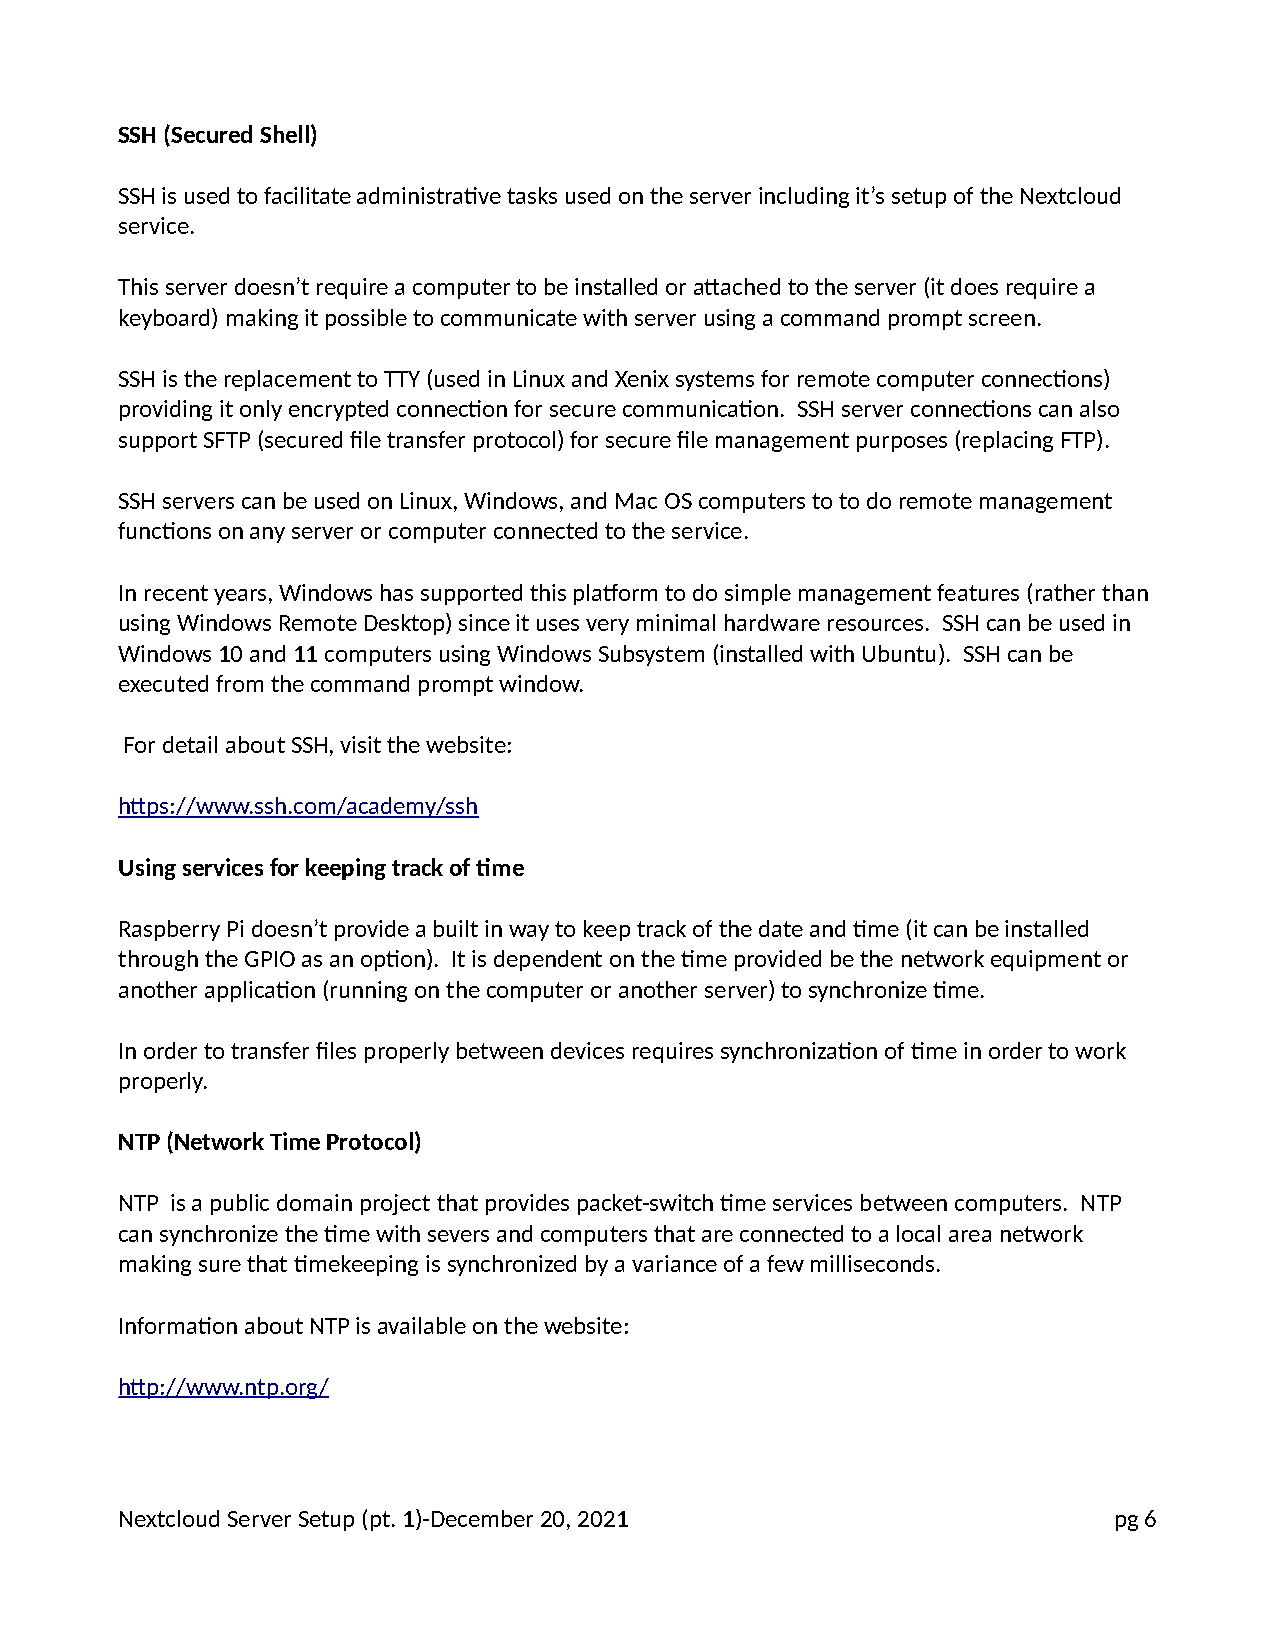
SSH (Secured Shell)
 SSH is used to facilitate administrative tasks used on the server including it’s setup of the Nextcloud
 service.
 This server doesn’t require a computer to be installed or attached to the server (it does require a
 keyboard) making it possible to communicate with server using a command prompt screen.
 SSH is the replacement to TTY (used in Linux and Xenix systems for remote computer connections)
 providing it only encrypted connection for secure communication. SSH server connections can also
 support SFTP (secured file transfer protocol) for secure file management purposes (replacing FTP).
 SSH servers can be used on Linux, Windows, and Mac OS computers to to do remote management
 functions on any server or computer connected to the service.
 In recent years, Windows has supported this platform to do simple management features (rather than
 using Windows Remote Desktop) since it uses very minimal hardware resources. SSH can be used in
 Windows 10 and 11 computers using Windows Subsystem (installed with Ubuntu). SSH can be
 executed from the command prompt window.
 For detail about SSH, visit the website:
 https://www.ssh.com/academy/ssh
 Using services for keeping track of time
 Raspberry Pi doesn’t provide a built in way to keep track of the date and time (it can be installed
 through the GPIO as an option). It is dependent on the time provided be the network equipment or
 another application (running on the computer or another server) to synchronize time.
 In order to transfer files properly between devices requires synchronization of time in order to work
 properly.
 NTP (Network Time Protocol)
 NTP is a public domain project that provides packet-switch time services between computers. NTP
 can synchronize the time with severs and computers that are connected to a local area network
 making sure that timekeeping is synchronized by a variance of a few milliseconds.
 Information about NTP is available on the website:
 http://www.ntp.org/
 Nextcloud Server Setup (pt. 1)-December 20, 2021                  pg 6